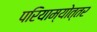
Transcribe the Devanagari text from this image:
परियाम्योत्तर